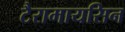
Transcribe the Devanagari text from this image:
टैरामायसिन